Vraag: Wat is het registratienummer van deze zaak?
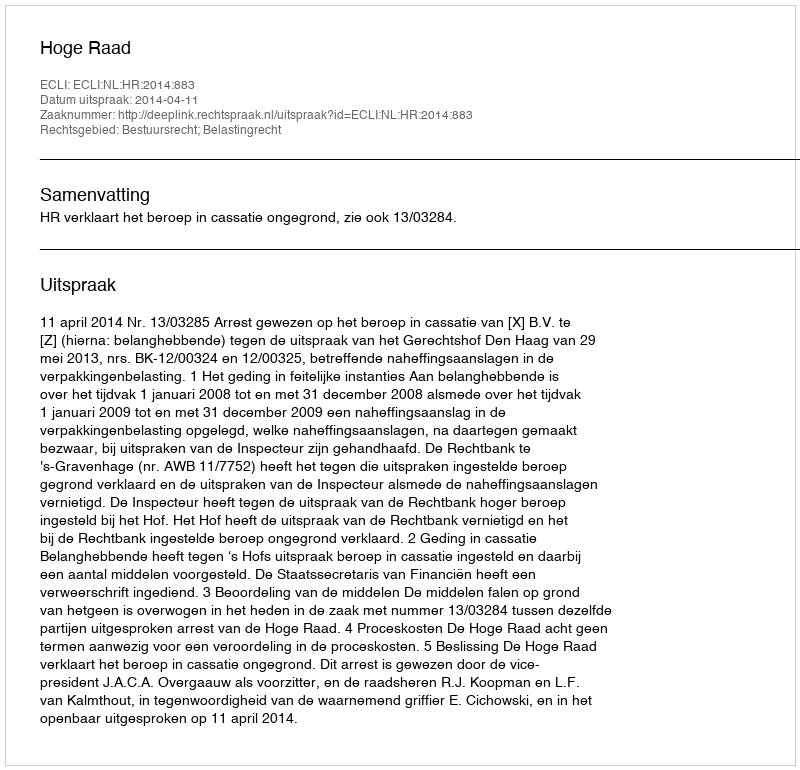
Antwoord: http://deeplink.rechtspraak.nl/uitspraak?id=ECLI:NL:HR:2014:883